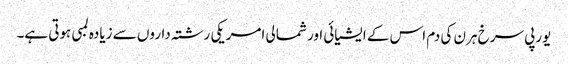
یورپی سرخ ہرن کی دم اس کے ایشیائی اور شمالی امریکی رشتہ داروں سے زیادہ لمبی ہوتی ہے۔